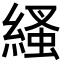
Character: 𦃐